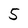
Character: 5